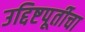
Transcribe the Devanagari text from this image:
उद्दिष्टपूर्तीचा